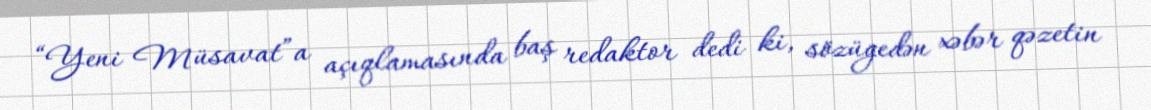
“Yeni Müsavat”a açıqlamasında baş redaktor dedi ki, sözügedən xəbər qəzetin